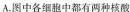
A.图中各细胞中都有两种核酸